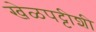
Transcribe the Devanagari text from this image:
खेळपट्टीशी